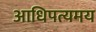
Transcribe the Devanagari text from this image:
आधिपत्यमय